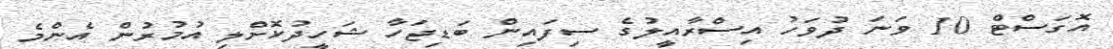
އޮގަސްޓް 10 ވަނަ ދުވަހު އިސްރާއީލުގެ ސިފައިން ބަޑިޖަހާ ޝަހީދުކޮށްލި އުމުރުން އެންމެ